Papaver somniferum - Opium : an extract from the sixth volume of the Dictionary of Economic Products of India
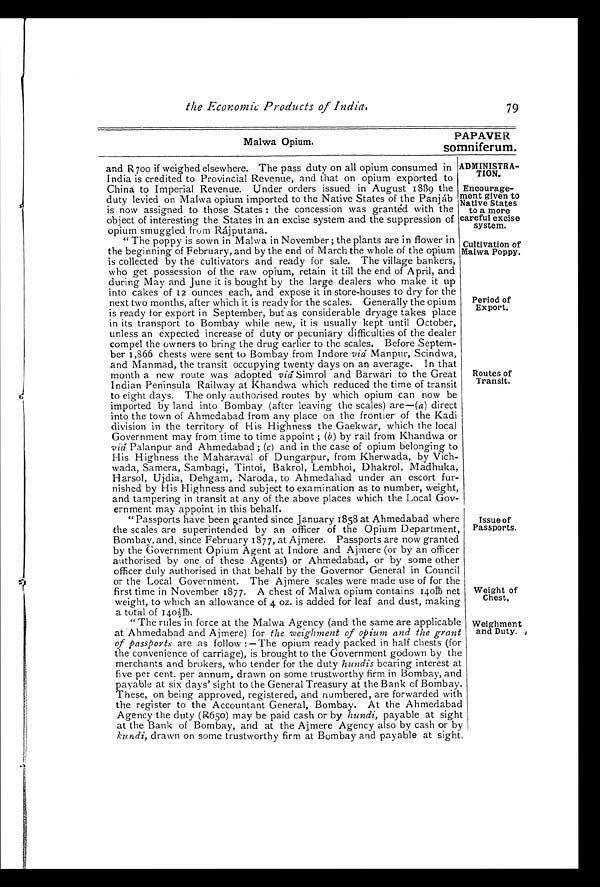
79
PAPAVER
somniferum.
ADMINISTRA-
TION.
Encourage-
ment given to
Native States
to a more
careful exeise
system,
Cultivation of
Malwa Poppy.
Period of
Export.
Routes of
Transit.
Weight of
Chest,
Weighment
and Duty. ,
the Economic Products of India.
Malwa Opium.
and R700 if weighed elsewhere. The pass duty on all opium consumed in
India is credited to Provincial Revenue, and that on opium exported to
China to Imperial Revenue. Under orders issued in August 1889 the
duty levied on Malwa opium imported to the Native States of the Panjáb
is now assigned to those States : the concession was granted with the
object of interesting the States in an excise system and the suppression of
opium smuggled from Rájputana.
"The poppy is sown in Malwa in November ; the plants are in flower in
the beginning of February, and by the end of March the whole of the opium
is collected by the cultivators and ready for sale. The village bankers,
who get possession of the raw opium, retain it till the end of April, and
during May and June it is bought by the large dealers who make it up
into cakes of 12 ounces each, and expose it in store-houses to dry for the
next two months, after which it is ready for the scales. Generally the opium
is ready for export in September, but as considerable dryage takes place
in its transport to Bombay while new, it is usually kept until October,
unless an expected increase of duty or pecuniary difficulties of the dealer
compel the owners to bring the drug earlier to the scales. Before Septem-
ber 1,866 chests were sent to Bombay from Indore viá Manpur, Scindwa,
and Manmad, the transit occupying twenty days on an average. In that
month a new route was adopted viá Simrol and Barwari to the Great
Indian Peninsula Railway at Khandwa which reduced the time of transit
to eight days. The only authorised routes by which opium can now be
imported by land into Bombay (after leaving the scales) are—(a) direct
into the town of Ahmedabad from any place on the frontier of the Kadi
division in the territory of His Highness the Gaekwar, which the local
Government may from time to time appoint ; (b) by rail from Khandwa or
viá Palanpur and Ahmedabad ; ( c ) and in the case of opium belonging to
His Highness the Maharaval of Dungarpur, from Kherwada, by Vich-
wada, Samera, Sambagi, Tintoi, Bakrol, Lembhoi, Dhakrol, Madhuka,
Harsol, Ujdia, Dehgam, Naroda, to Ahmedabad under an escort fur-
nished by His Highness and subject to examination as to number, weight,
and tampering in transit at any of the above places which the Local Gov-
ernment may appoint in this behalf.
"Passports have been granted since January 1858 at Ahmedabad where
the scales are superintended by an officer of the Opium Department,
Bombay, and, since February 1877, at Ajmere. Passports are now granted
by the Government Opium Agent at Indore and Ajmere (or by an officer
authorised by one of these Agents) or Ahmedabad, or by some other
officer duly authorised in that behalf by the Governor General in Council
or the Local Government. The Ajmere scales were made use of for the
first time in November I877. A chest of Malwa opium contains 140lb net
weight, to which an allowance of 4 oz. is added for leaf and dust, making
a total of 140½lb.
" The rules in force at the Malwa Agency (and the same are applicable
at Ahmedabad and Ajmere) for the weighment of opium and the grant
of passports are as follow :—The opium ready packed in half chests (for
the convenience of carriage), is brought to the Government godown by the
merchants and brokers, who tender for the duty hundis bearing interest at
five per cent. per annum, drawn on some trustworthy firm in Bombay, and
payable at six days' sight to the General Treasury at the Bank of Bombay.
These, on being approved, registered, and numbered, are forwarded with
the register to the Accountant General, Bombay. At the Ahmedabad
Agency the duty (R650) may be paid cash or by hundi, payable at sight
at the Bank of Bombay, and at the Ajmere Agency also by cash or by
kundi, drawn on some trustworthy firm at Bombay and payable at sight.
Issue of
Passports.